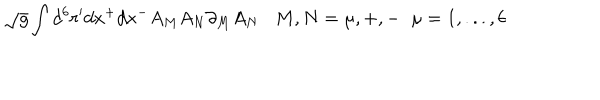
\sqrt { g } \int d ^ { 6 } r ^ { \prime } d x ^ { + } d x ^ { - } A _ { M } A _ { N } \partial _ { M } A _ { N } M , N = \mu , + , - \; \; \mu = 1 , . . . , 6